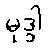
မုဒ္ဒါ